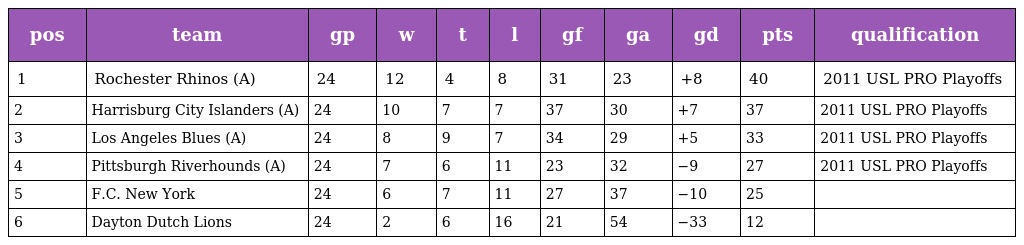
| pos | team | gp | w | t | l | gf | ga | gd | pts | qualification |
 | --- | --- | --- | --- | --- | --- | --- | --- | --- | --- | --- |
 | 1 | Rochester Rhinos (A) | 24 | 12 | 4 | 8 | 31 | 23 | +8 | 40 | 2011 USL PRO Playoffs |
 | 2 | Harrisburg City Islanders (A) | 24 | 10 | 7 | 7 | 37 | 30 | +7 | 37 | 2011 USL PRO Playoffs |
 | 3 | Los Angeles Blues (A) | 24 | 8 | 9 | 7 | 34 | 29 | +5 | 33 | 2011 USL PRO Playoffs |
 | 4 | Pittsburgh Riverhounds (A) | 24 | 7 | 6 | 11 | 23 | 32 | −9 | 27 | 2011 USL PRO Playoffs |
 | 5 | F.C. New York | 24 | 6 | 7 | 11 | 27 | 37 | −10 | 25 |  |
 | 6 | Dayton Dutch Lions | 24 | 2 | 6 | 16 | 21 | 54 | −33 | 12 |  |